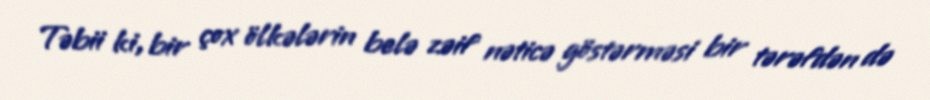
Təbii ki, bir çox ölkələrin belə zəif nəticə göstərməsi bir tərəfdən də